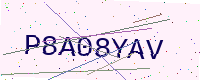
Text: P8A08YAV